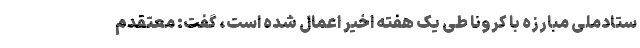
ستادملی مبارزه با کرونا طی یک هفته اخیر اعمال شده است، گفت: معتقدم